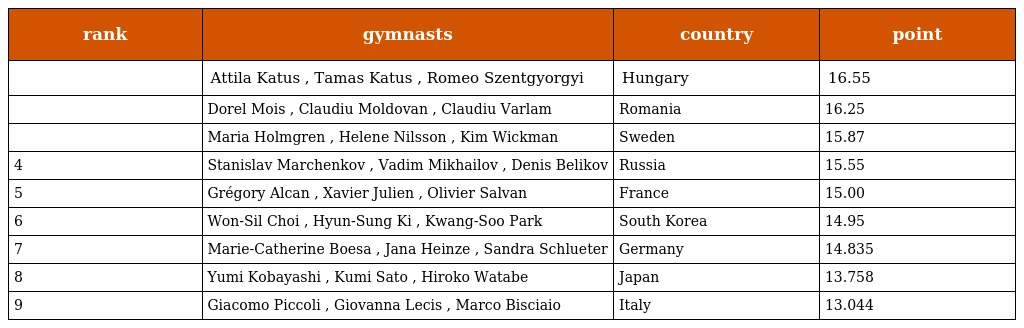
| rank | gymnasts | country | point |
 | --- | --- | --- | --- |
 |  | Attila Katus , Tamas Katus , Romeo Szentgyorgyi | Hungary | 16.55 |
 |  | Dorel Mois , Claudiu Moldovan , Claudiu Varlam | Romania | 16.25 |
 |  | Maria Holmgren , Helene Nilsson , Kim Wickman | Sweden | 15.87 |
 | 4 | Stanislav Marchenkov , Vadim Mikhailov , Denis Belikov | Russia | 15.55 |
 | 5 | Grégory Alcan , Xavier Julien , Olivier Salvan | France | 15.00 |
 | 6 | Won-Sil Choi , Hyun-Sung Ki , Kwang-Soo Park | South Korea | 14.95 |
 | 7 | Marie-Catherine Boesa , Jana Heinze , Sandra Schlueter | Germany | 14.835 |
 | 8 | Yumi Kobayashi , Kumi Sato , Hiroko Watabe | Japan | 13.758 |
 | 9 | Giacomo Piccoli , Giovanna Lecis , Marco Bisciaio | Italy | 13.044 |